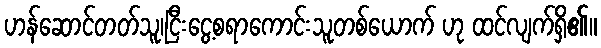
ဟန်ဆောင်တတ်သူ၊ငြီးငွေ့စရာကောင်းသူတစ်ယောက် ဟု ထင်လျက်ရှိ၏။